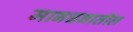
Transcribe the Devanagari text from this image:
मानधनातील